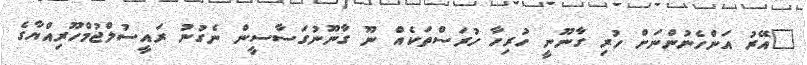
"އޭރު އަންހެނުންނަށް ހުރި ގާނޫނީ ހުރިހާ ހުރަސްތަކެއް ނޫ ގާނޫނުގަސާސީން ނެގުނު ރައީސުލްޖުމްހޫރިއްޔާގެ